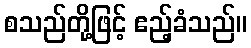
စသည်တို့ဖြင့် ဧည့်ခံသည်။